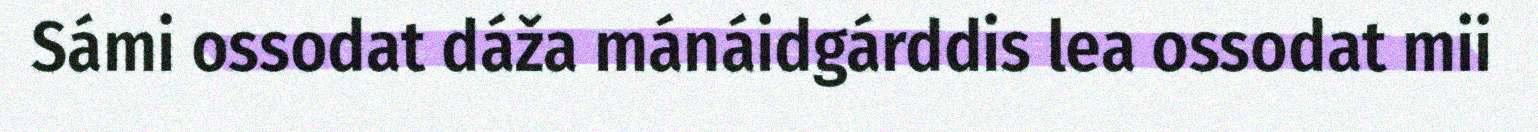
Sámi ossodat dáža mánáidgárddis lea ossodat mii